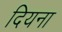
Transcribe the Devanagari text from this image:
दियना